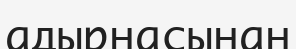
адырнасынан